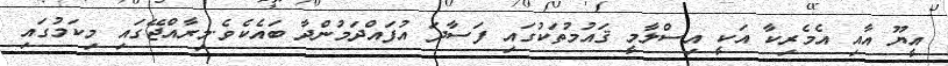
އީޔޫ އާއި އެމެރިކާ އަކީ އިސްލާމީ ޤައުމުތަކުގައި ފަސާދަ އުފައްދަމުންދާ ބައެކެވެ.މިރާއްޖޭގައި މިކަމުގައި